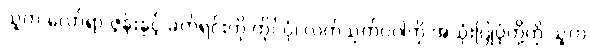
သူက လော်ရာ ဇွန်းနှင့် ခက်ရင်းကို ကိုင်ပုံ၊ လက်သုတ်ပဝါကို အသုံးပြုပုံတို့ကို သူက